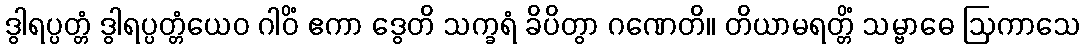
ဒွါရပ္ပတ္တံ ဒွါရပ္ပတ္တံယေဝ ဂါဝိံ ဧကာ ဒွေတိ သက္ခရံ ခိပိတွာ ဂဏေတိ။ တိယာမရတ္တိံ သမ္ဗာဓေ ဩကာသေ